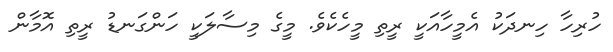
ހުރިހާ ހިނދަކު އެމީހާއަކީ ރީތި މީހެކެވެ. މީގެ މިސާލަކީ ހަންގަނޑު ރީތި އޮމާން